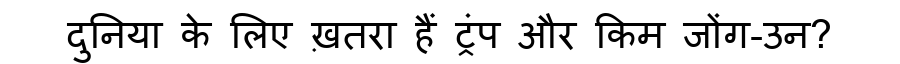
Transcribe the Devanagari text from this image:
दुनिया के लिए ख़तरा हैं ट्रंप और किम जोंग-उन?